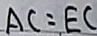
A C = E C